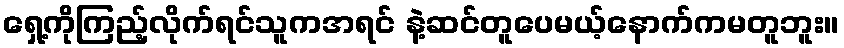
ရှေ့ကိုကြည့်လိုက်ရင်သူကအရင် နဲ့ဆင်တူပေမယ့်နောက်ကမတူဘူး။